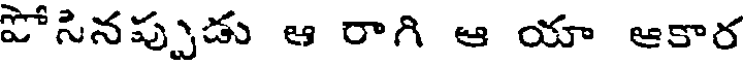
పోసినప్పుడు ఆ రాగి ఆ యా ఆకార